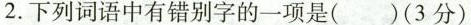
2.下列词语中有错别字的一项是( )(3分)